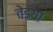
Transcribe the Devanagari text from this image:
वेइया